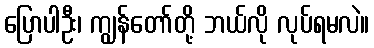
ပြောပါဦး၊ ကျွန်တော်တို့ ဘယ်လို လုပ်ရမလဲ။